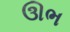
ઊભ